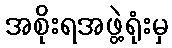
အစိုးရအဖွဲ့ရုံးမှ